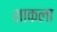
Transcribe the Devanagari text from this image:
शाकला